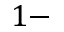
1 -